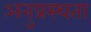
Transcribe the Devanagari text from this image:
अनुप्रस्थता